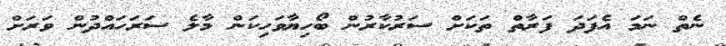
ނެތް ނަމަ އެފަދަ ފަރާތް ތަކަށް ސަރުކާރުން ބޯހިޔާވަހިކަން މާލެ ސަރަހައްދުން ވަރަށް